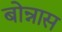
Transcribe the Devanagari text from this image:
बोन्नास